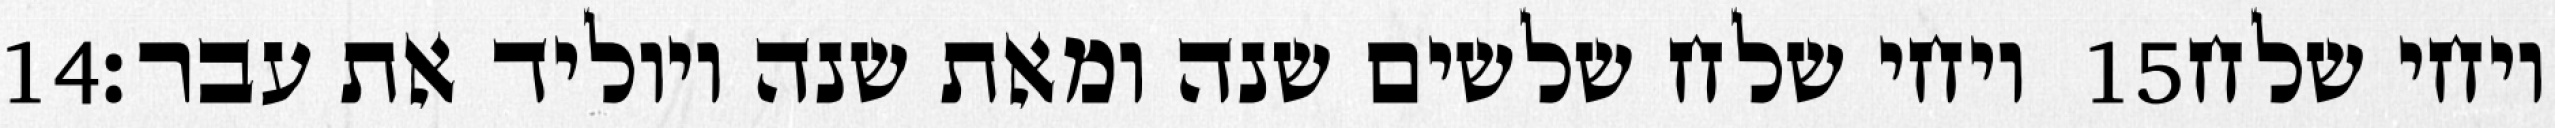
‎14‏ ויחי שלח שלשים שנה ומאת שנה ויוליד את עבר׃ ‎15‏ ויחי שלח